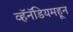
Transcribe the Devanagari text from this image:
व्हॅनॅडियमहून